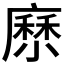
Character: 𡮰